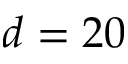
d = 2 0